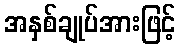
အနှစ်ချုပ်အားဖြင့်